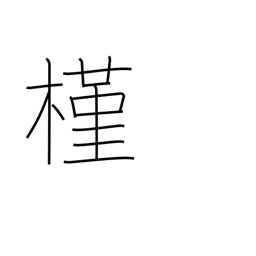
Meaning: rose of Sharon